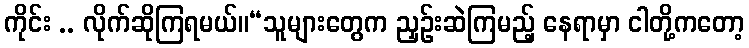
ကိုင်း .. လိုက်ဆိုကြရမယ်။“သူများတွေက ညှဉ်းဆဲကြမည့် နေရာမှာ ငါတို့ကတော့